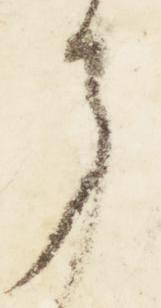
了